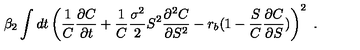
\beta _ { 2 } \int d t \left( \frac 1 C \frac { \partial C } { \partial t } + \frac 1 C \frac { \sigma ^ { 2 } } { 2 } S ^ { 2 } \frac { \partial ^ { 2 } C } { \partial S ^ { 2 } } - r _ { b } ( 1 - \frac S C \frac { \partial C } { \partial S } ) \right) ^ { 2 } \ .